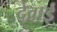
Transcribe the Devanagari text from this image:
देवाई